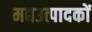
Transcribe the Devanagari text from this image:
मद्यउत्पादकों